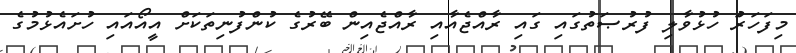
މިފަހަރަު ހުޅުވާލި ފުރުޞަތުގައި ގައި ރާއްޖެއާއި ރާއްޖެއިން ބޭރުގެ ކުންފުނިތަކަށް އީއޯއައި ހުށައެޅުމުގެ